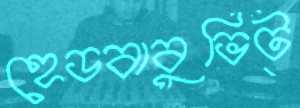
হেডবাবুভিট্